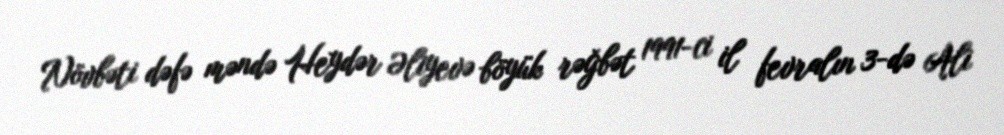
Növbəti dəfə məndə Heydər Əliyevə böyük rəğbət 1991-ci il fevralın 3-də Ali